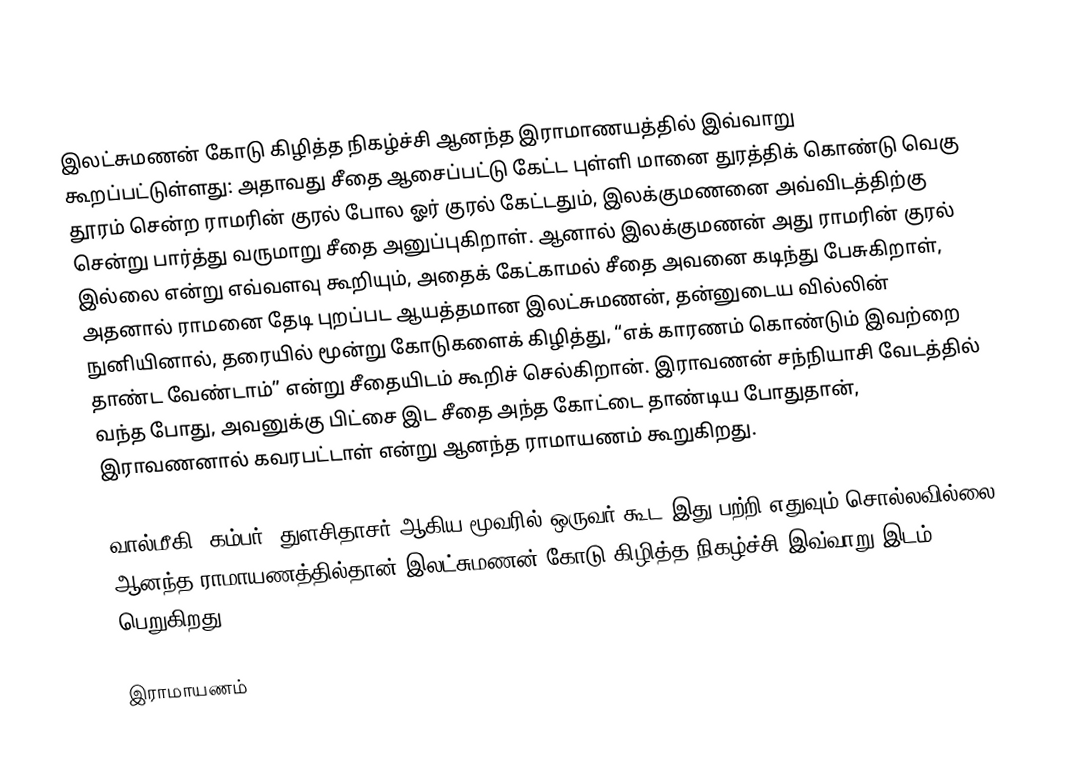
இலட்சுமணன் கோடு கிழித்த நிகழ்ச்சி ஆனந்த இராமாணயத்தில் இவ்வாறு கூறப்பட்டுள்ளது: அதாவது சீதை ஆசைப்பட்டு கேட்ட புள்ளி மானை துரத்திக் கொண்டு வெகு தூரம் சென்ற ராமரின் குரல் போல ஓர் குரல் கேட்டதும், இலக்குமணனை அவ்விடத்திற்கு சென்று பார்த்து வருமாறு சீதை அனுப்புகிறாள். ஆனால் இலக்குமணன் அது ராமரின் குரல் இல்லை என்று எவ்வளவு கூறியும், அதைக் கேட்காமல் சீதை அவனை கடிந்து பேசுகிறாள், அதனால்  ராமனை தேடி புறப்பட ஆயத்தமான இலட்சுமணன், தன்னுடைய வில்லின் நுனியினால், தரையில் மூன்று கோடுகளைக் கிழித்து, “எக் காரணம் கொண்டும் இவற்றை தாண்ட வேண்டாம்” என்று சீதையிடம் கூறிச் செல்கிறான். இராவணன் சந்நியாசி வேடத்தில் வந்த போது, அவனுக்கு பிட்சை இட சீதை அந்த கோட்டை தாண்டிய போதுதான், இராவணனால் கவரபட்டாள் என்று ஆனந்த ராமாயணம் கூறுகிறது.

வால்மீகி, கம்பர், துளசிதாசர் ஆகிய மூவரில் ஒருவர் கூட இது பற்றி எதுவும் சொல்லவில்லை. ஆனந்த ராமாயணத்தில்தான் இலட்சுமணன் கோடு கிழித்த நிகழ்ச்சி இவ்வாறு இடம் பெறுகிறது.

இராமாயணம்